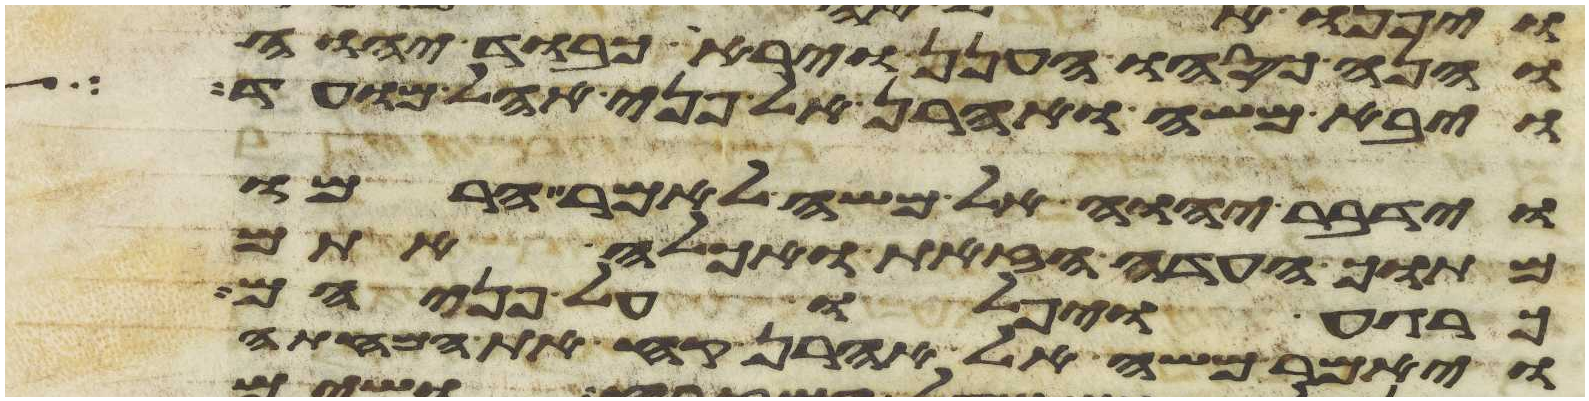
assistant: והנה כסהו הענן ויראה כבוד יהוה
ויבא משה ואהרן אל פני אהל מועד
וידבר יהוה אל משה לאמר הרמו
מתוך העדה הזאת ואכלה אתם
כרגע ויפלו על פניהם
ויאמר משה אל אהרן קח את המחתה